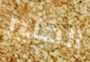
الكثير